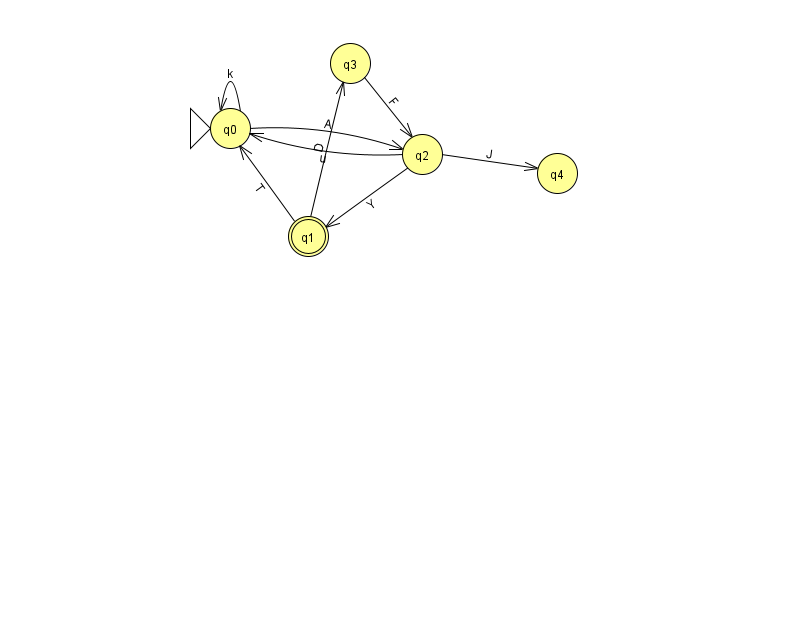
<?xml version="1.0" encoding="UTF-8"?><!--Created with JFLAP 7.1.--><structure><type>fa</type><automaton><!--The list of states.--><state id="0" name="q0"><x>230.0</x><y>115.0</y><initial/></state><state id="1" name="q1"><x>308.0</x><y>223.0</y><final/></state><state id="2" name="q2"><x>422.0</x><y>141.0</y></state><state id="3" name="q3"><x>350.0</x><y>50.0</y></state><state id="4" name="q4"><x>557.0</x><y>160.0</y></state><!--The list of transitions.--><transition><from>1</from><to>3</to><read>D</read></transition><transition><from>2</from><to>4</to><read>J</read></transition><transition><from>0</from><to>2</to><read>A</read></transition><transition><from>2</from><to>1</to><read>Y</read></transition><transition><from>2</from><to>0</to><read>u</read></transition><transition><from>1</from><to>0</to><read>T</read></transition><transition><from>0</from><to>0</to><read>k</read></transition><transition><from>3</from><to>2</to><read>F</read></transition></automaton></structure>